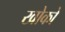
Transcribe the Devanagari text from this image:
खोको